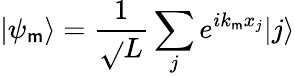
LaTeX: |\psi_{\mathsf{m}}\rangle=\frac{{1}}{{\sqrt{}{{L}}}}\sum_{j}e^{ik_{\mathsf{m}}x_{j}}|j\rangle